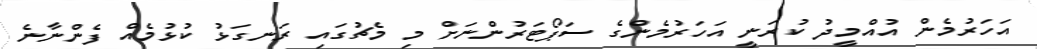
އަހަރުމެން އުއްމީދު ކުރަނީ އަހަރުމެންގެ ސަޕޯޓަރުންނަށް މި މެޗުގައި ރަނގަޅު ކުޅުމެއް ފެންނާނެ